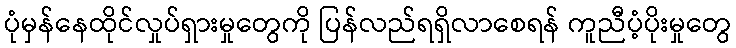
ပုံမှန်နေထိုင်လှုပ်ရှားမှုတွေကို ပြန်လည်ရရှိလာစေရန် ကူညီပံ့ပိုးမှုတွေ